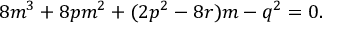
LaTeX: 8 m ^ { 3 } + 8 p m ^ { 2 } + ( 2 p ^ { 2 } - 8 r ) m - q ^ { 2 } = 0 .